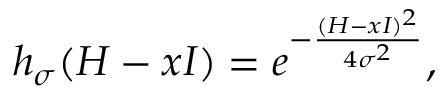
\begin{array} { r } { h _ { \sigma } ( H - x I ) = e ^ { - \frac { ( H - x I ) ^ { 2 } } { 4 \sigma ^ { 2 } } } , } \end{array}